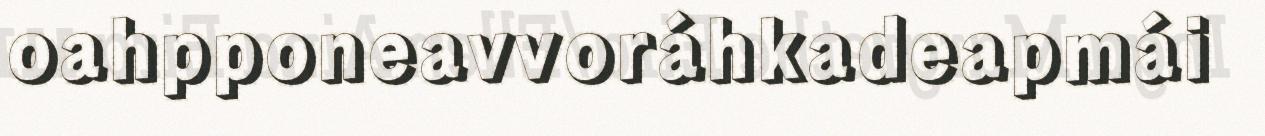
oahpponeavvoráhkadeapmái